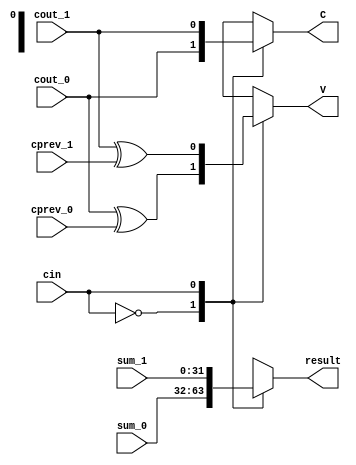
module CSLA_MUX(   
    input cin,
    
    input  [31:0]          sum_0,
    input                  cout_0,
    input                  cprev_0,
    
    input  [31:0]          sum_1,    
    input                  cout_1,
    input                  cprev_1,
    
    output reg              C,
    output reg              V,
    output reg [31:0]       result
    );
   
always  @(*) begin
case(cin)
        0: begin
                result  =   sum_0;
                C       =   cout_0;
                V       =   cout_0 ^ cprev_0;
            end    
        1: begin
                result  =   sum_1;
                C       =   cout_1;
                V       =   cout_1  ^ cprev_1;
            end
endcase
end   
endmodule